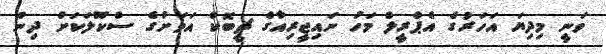
ވަނީ މިދިޔަ އަހަރުގެ އެޕްރީލް މަހު ނައިޖީރިއާގެ ޗީބޮކް އަވަށުގެ ސްކޫލަކަށް ދިން